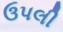
ઉપલી